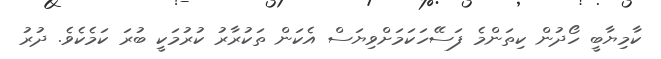
ކާމިޔާބީ ހޯދުން ކިތަންމެ ފަސޭހަކަމަށްވިޔަސް އެކަން ތަކުރާރު ކުރުމަކީ ބުރަ ކަމެކެވެ. ދުރު